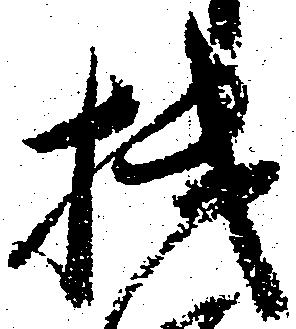
機